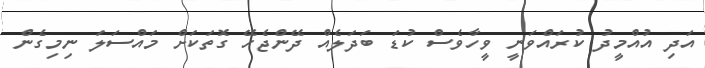
އަދި އުއްމީދު ކުރައްވަނީ ވީހާވެސް ކުޑަ ބަދަލެއް ދޭންޖެހޭ ގޮތަކަށް މައްސަލަ ނިމިގެން